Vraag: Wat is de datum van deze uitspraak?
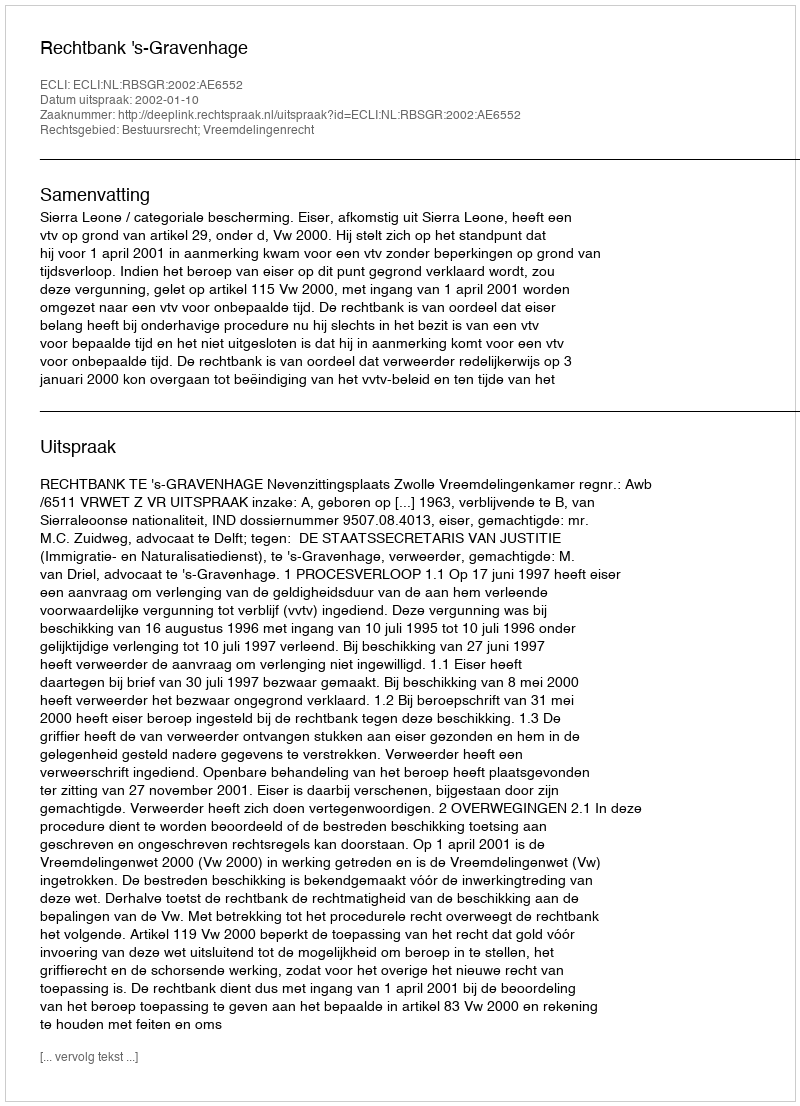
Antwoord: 2002-01-10